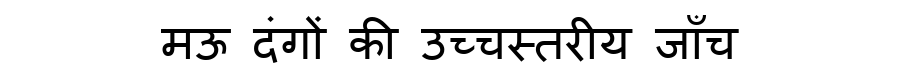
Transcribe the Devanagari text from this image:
मऊ दंगों की उच्चस्तरीय जाँच